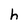
Character: h